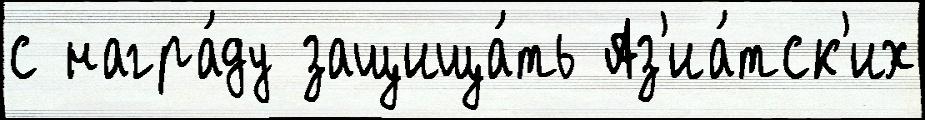
с награ́ду защища́ть Аз'иа́тск'их